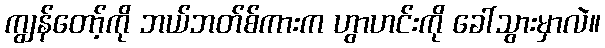
ကျွန်တော့်ကို ဘယ်ဘတ်စ်ကားက ဟွာဟင်းကို ခေါ်သွားမှာလဲ။